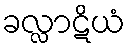
ခလ္လာဋိယံ